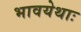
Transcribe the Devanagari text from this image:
भावयेथाः